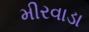
મીરવાડા